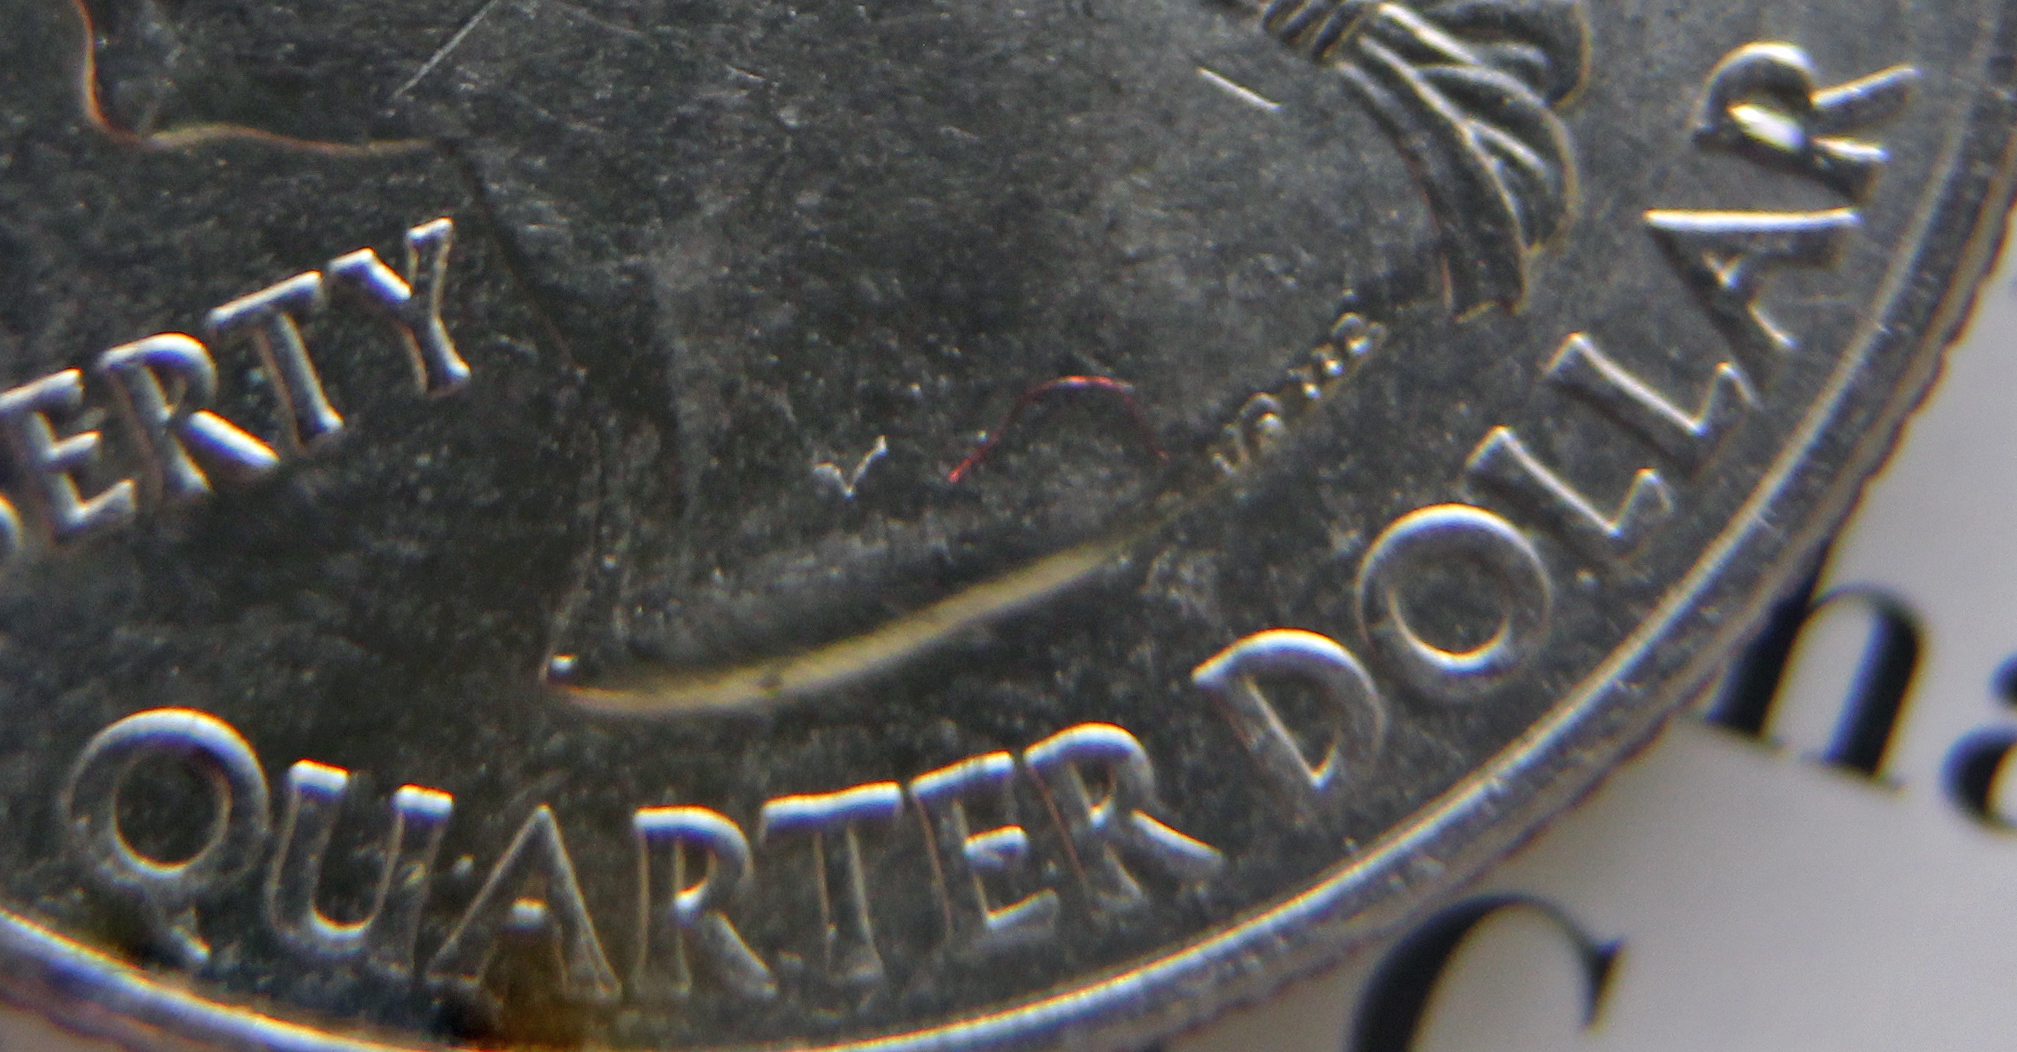
QUARTER DOLLAR